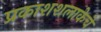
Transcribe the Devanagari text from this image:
प्रकाशशलाकेचे